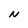
Character: N